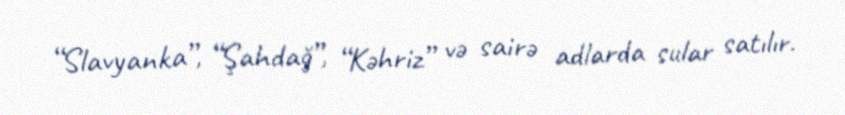
“Slavyanka”, “Şahdağ”, “Kəhriz” və sairə adlarda sular satılır.